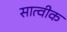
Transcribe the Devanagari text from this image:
सात्वीक